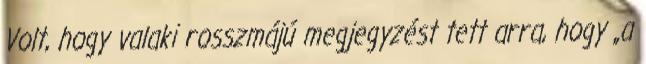
Volt, hogy valaki rosszmájú megjegyzést tett arra, hogy „a